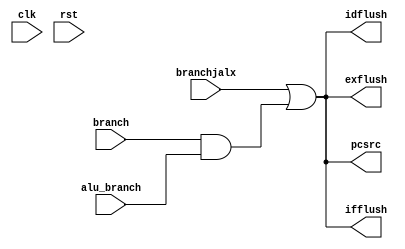
module Branch (
    input  clk,
    input  rst,
    input  branch,
    input  alu_branch,
    input  branchjalx,
    output pcsrc,
    output ifflush,
    output idflush,
    output exflush
);

    assign pcsrc = branchjalx || (branch & alu_branch);
    // flush the instruction and control signals stored when branch is taken
    wire flush;
    assign flush = branchjalx || (branch & alu_branch);
    assign ifflush = flush;
    assign idflush = flush;
    assign exflush = flush;

endmodule